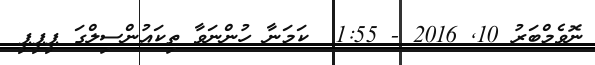
ނޮވެމްބަރު 10